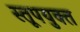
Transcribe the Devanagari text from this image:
स्तूपयुक्त